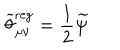
\widetilde { \theta } _ { \mu \nu } ^ { \mathrm { r e g } } = \frac 1 2 \widetilde { \psi }